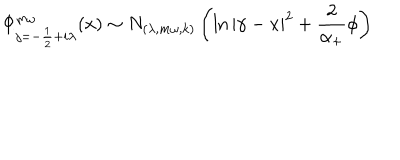
LaTeX: \Phi _ { j = - \frac 1 2 + i \lambda } ^ { m \omega } ( x ) \sim N _ { ( \lambda , m \omega , k ) } \left( \ln \left| \gamma - x \right| ^ { 2 } + \frac 2 { \alpha _ { + } } \phi \right)